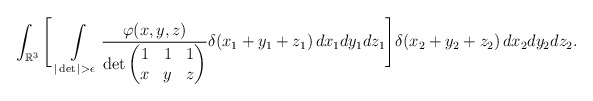
\begin{align*}\int_{\mathbb{R}^3} \Bigg[ \,\int_{|\det| > \epsilon}\limits \frac{\varphi(x,y,z)}{\det\begin{pmatrix}1 & 1 & 1\\ x & y & z \end{pmatrix}}\delta(x_1+y_1+z_1)\, dx_1dy_1dz_1 \Bigg]\delta(x_2+y_2+z_2)\, dx_2dy_2dz_2.\end{align*}